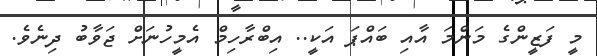
މީ ފަޒީންގެ މަންމަ އާއި ބައްޕަ އަކީ.. އިބްރާހިމް އެމީހުނަށް ޖަވާބު ދިނެވެ.